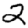
Digit: 2